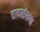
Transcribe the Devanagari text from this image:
वादसंख्या